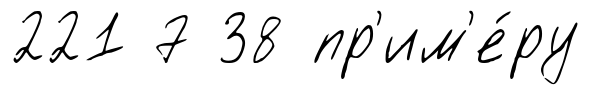
221 7 38 пр'им'е́ру